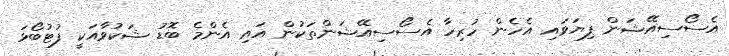
އެސޯސިއޭޝަން ފިޔަވައި އެހެން ހުރިހާ އެސޯސިއޭޝަންތަކުން އައި އެންމެ ބޮޑު ޝަކުވާއަކީ ފުޓުބޯޅަ